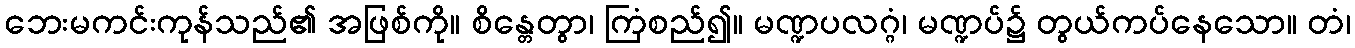
ဘေးမကင်းကုန်သည်၏ အဖြစ်ကို။ စိန္တေတွာ၊ ကြံစည်၍။ မဏ္ဍပလဂ္ဂံ၊ မဏ္ဍပ်၌ တွယ်ကပ်နေသော။ တံ၊